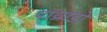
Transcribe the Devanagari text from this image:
पाथ्राडो